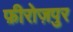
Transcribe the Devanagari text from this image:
फ़ीरोज़पुर